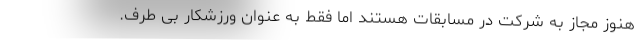
هنوز مجاز به شرکت در مسابقات هستند اما فقط به عنوان ورزشکار بی طرف.